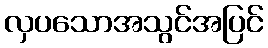
လှပသောအသွင်အပြင်